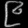
Digit: ၉